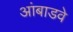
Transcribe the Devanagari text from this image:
आंबाडवे